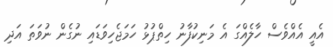
އެއީ އެއްވެސް ހާލެއްގަ އެ މަނިކުފާނު ހިތްޕުޅު ހަމަޖެހިވަޑައި ނުގެން ނުވަތަ އަދި